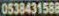
0538431588